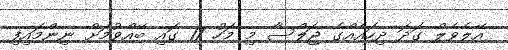
އޭލެވެލް ގަދަ ދިހައެއްގެ ޖަލްސާ މި މަހު 17 ގައި ބޭއްވުމަށް ނިންމައިިފި